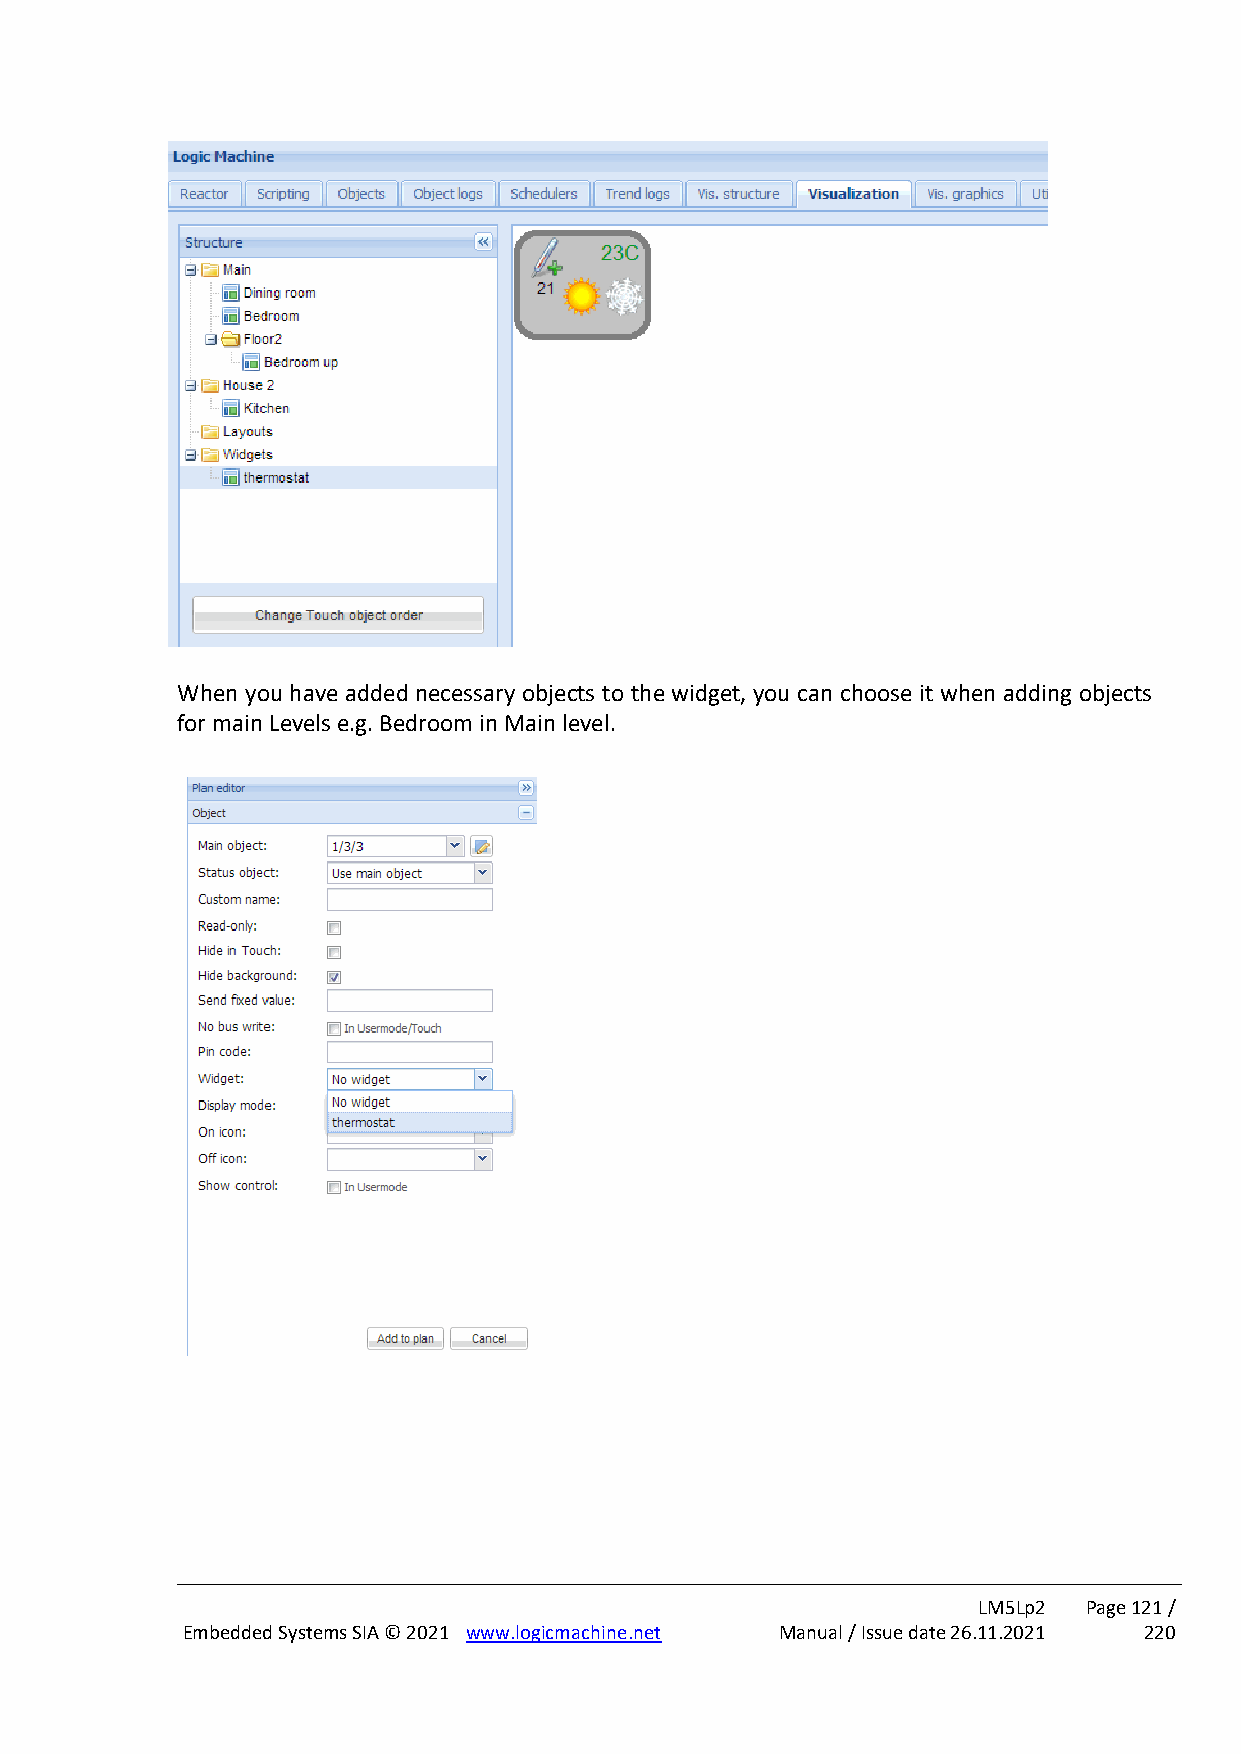
When you have added necessary objects to the widget, you can choose it when adding objects
 for main Levels e.g. Bedroom in Main level.
 LM5Lp2 Page 121 /
 Embedded Systems SIA © 2021 www.logicmachine.net Manual / Issue date 26.11.2021 220